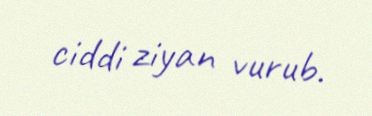
ciddi ziyan vurub.